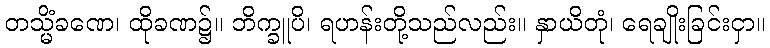
တသ္မိံခဏေ၊ ထိုခဏ၌။ ဘိက္ခူပိ၊ ရဟန်းတို့သည်လည်း။ နှာယိတုံ၊ ရေချိုးခြင်းငှာ။